Document type: Sale
Year: 1435
Scribe: Pere Soler
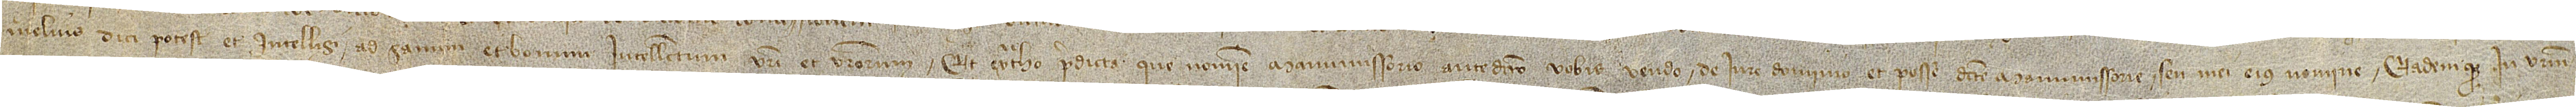
melius dici potest et intelligi ad sanum et bonum intellectum vestri et vestrorum. Et extraho predicta que nomine manumissorio antedicto vobis vendo de iure, dominio et posse dicte manumissorie seu mei eius nomine eademque in vestrum